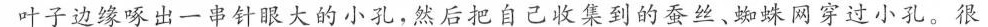
叶子边缘啄出一串针眼大的小孔，然后把自己收集到的蚕丝、蜘蛛网穿过小孔。很